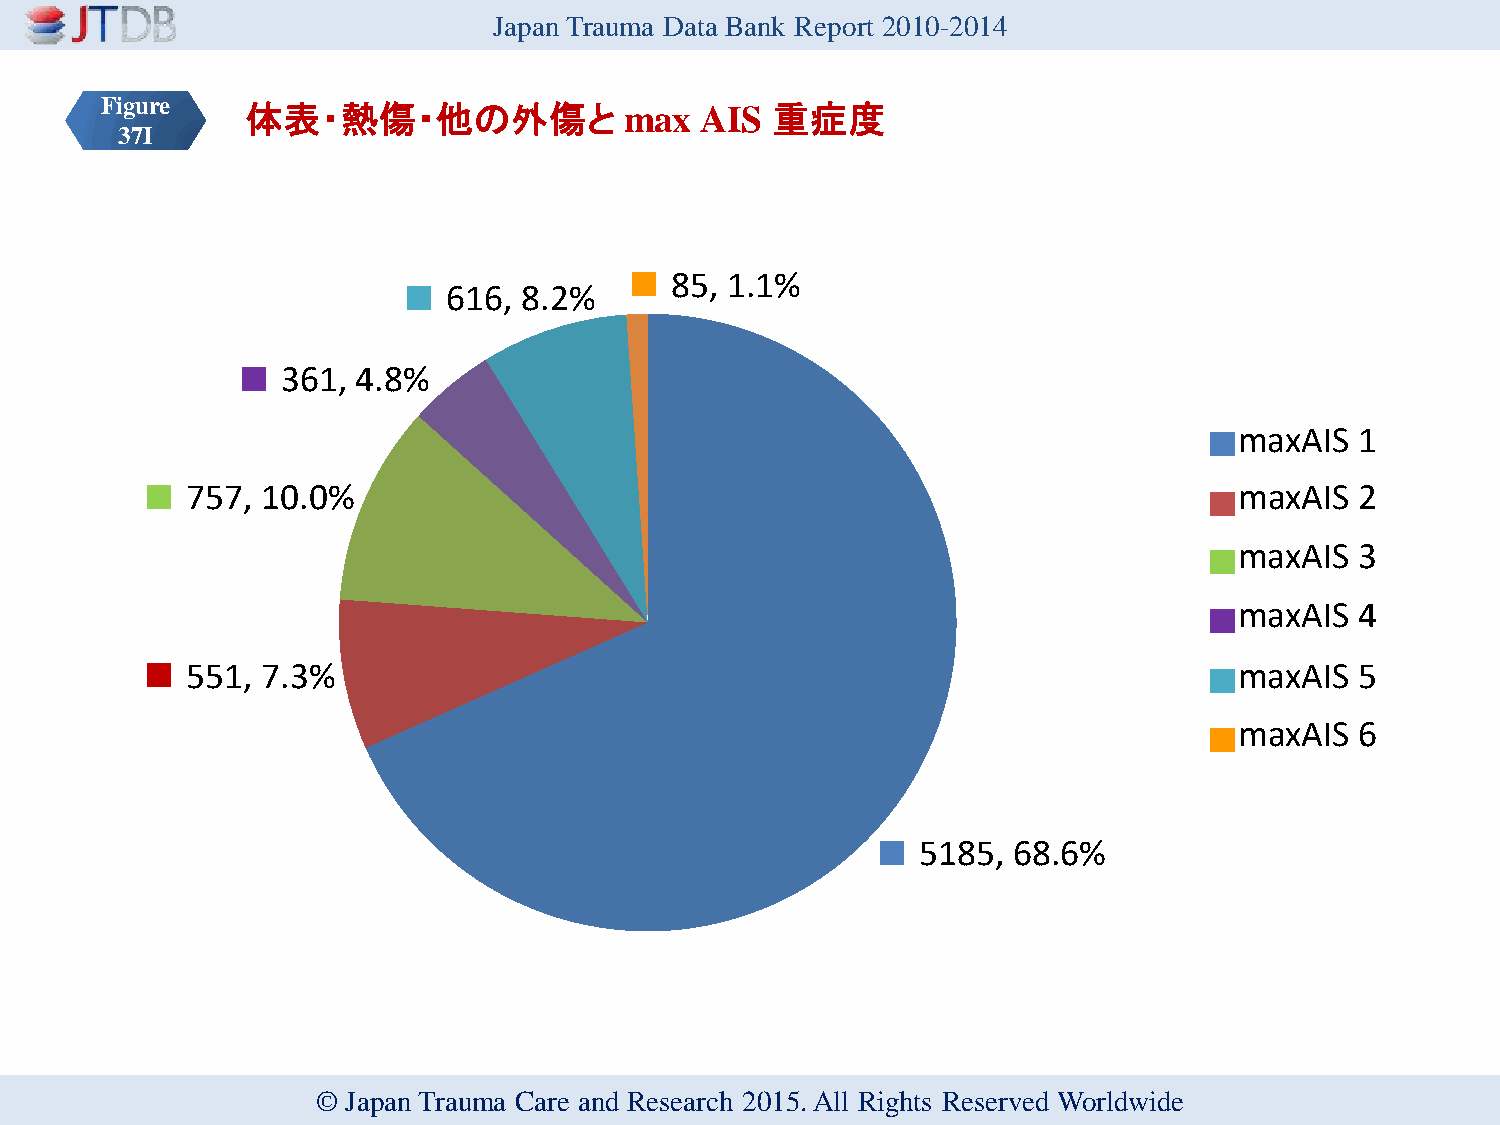
Japan Trauma Data Bank Report 2010-2014
 Figure   体表・熱傷・他の外傷と              max  AIS  重症度
 37I
 85, 1.1%
 616, 8.2%
 361, 4.8%
 maxAIS  1
 757, 10.0%                                                            maxAIS  2
 1
 maxAIS  3
 2
 3         maxAIS  4
 4
 551, 7.3%                                                             maxAIS  5
 5
 6
 maxAIS  6
 5185, 68.6%
 © Japan Trauma Care and Research 2015. All Rights Reserved Worldwide